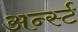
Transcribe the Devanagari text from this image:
अर्न्‍स्ट